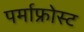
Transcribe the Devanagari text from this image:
पर्माफ्रोस्ट